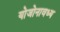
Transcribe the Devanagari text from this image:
योजोनावध्य